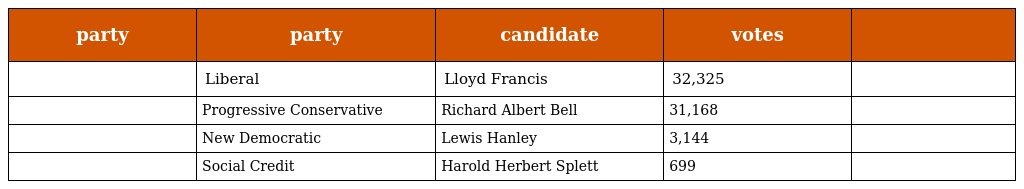
| party | party | candidate | votes |  |
 | --- | --- | --- | --- | --- |
 |  | Liberal | Lloyd Francis | 32,325 |  |
 |  | Progressive Conservative | Richard Albert Bell | 31,168 |  |
 |  | New Democratic | Lewis Hanley | 3,144 |  |
 |  | Social Credit | Harold Herbert Splett | 699 |  |